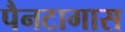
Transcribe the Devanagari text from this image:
पैनटागास